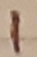
Text: 1